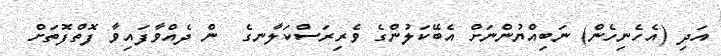
އަދި (އެހެނިހެން) ނަބިއްޔުންނަށް އެބޭކަލުންގެ ވެރިރަސްކަލާނގެ  ން ދެއްވާފައިވާ ފޮތްފޮތަށް